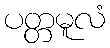
ပတ္တမူလံ